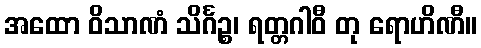
အထော ဝိသာဏံ သိင်္ဂဉ္စ၊ ရတ္တဂါဝီ တု ရောဟိဏီ။